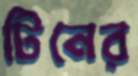
টিনের